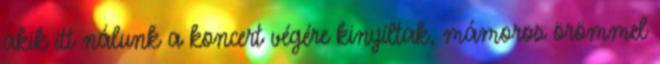
akik itt nálunk a koncert végére kinyíltak, mámoros örömmel